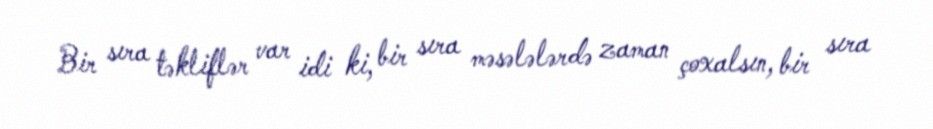
Bir sıra təkliflər var idi ki, bir sıra məsələlərdə zaman çoxalsın, bir sıra